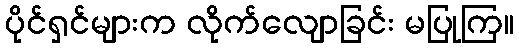
ပိုင်ရှင်များက လိုက်လျောခြင်း မပြုကြ။